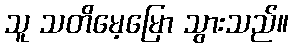
သူ သတိမေ့မြော သွားသည်။